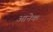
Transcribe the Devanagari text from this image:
आनेक